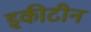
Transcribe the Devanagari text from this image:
इकीटीन